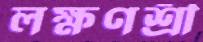
লক্ষণশ্রী